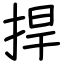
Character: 捍